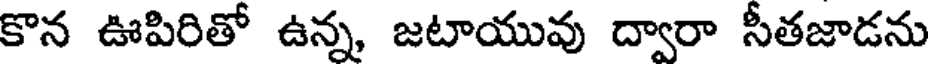
కొన ఊపిరితో ఉన్న జటాయువు ద్వారా సీతజాడను